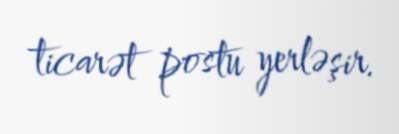
ticarət postu yerləşir.